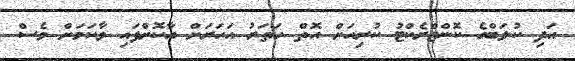
އަދި ކުލަބްގެ ކޮންޓްރެކްޓު ކުރިއަށް އޮތް ހަތަރު އަހަރަށް އާކޮށްފައި ވާކަމަށް ވެސް